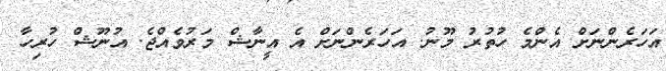
އަހަރެންނަށް އެންމެ ހުތުރު މޫނު. އަހަރެންނަށް އެ އީނާޝް މަރުވެއްޖެ. އުނޫޝް ހުރިހާ